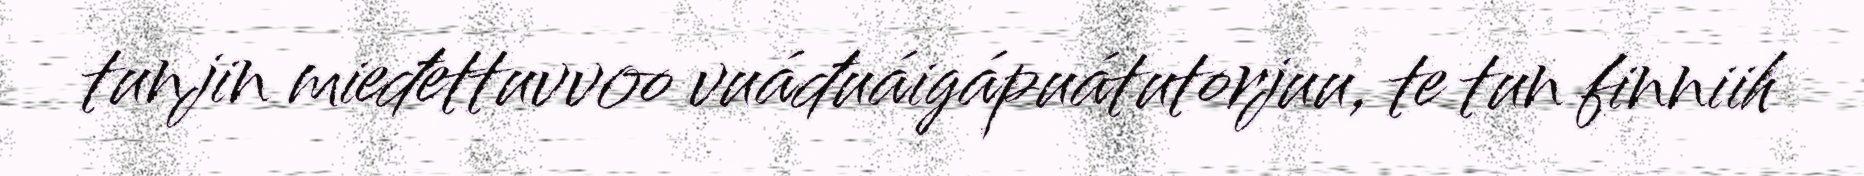
tunjin mieđettuvvoo vuáđuáigápuátutorjuu, te tun finniih